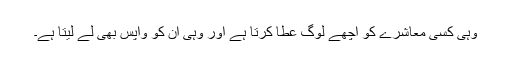
وہی کسی معاشرے کو اچھے لوگ عطا کرتا ہے اور وہی ان کو واپس بھی لے لیتا ہے۔